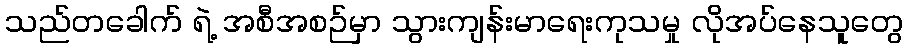
သည်တခေါက် ရဲ့ အစီအစဉ်မှာ သွားကျန်းမာရေးကုသမှု လိုအပ်နေသူတွေ